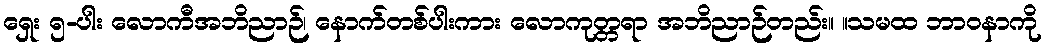
ရှေး ၅-ပါး လောကီအဘိညာဉ်၊ နောက်တစ်ပါးကား လောကုတ္တရာ အဘိညာဉ်တည်း။ ။သမထ ဘာဝနာကို